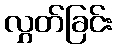
လွှတ်ခြင်း